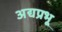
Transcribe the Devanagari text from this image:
अद्यप्रभू